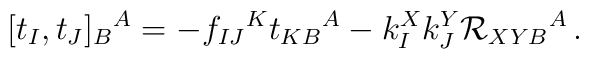
[t_I,t_J]_B{}^A=-f_{IJ}{}^Kt_{KB}{}^A-k^X_Ik^Y_J{\cal R}_{XYB}{}^A\,.